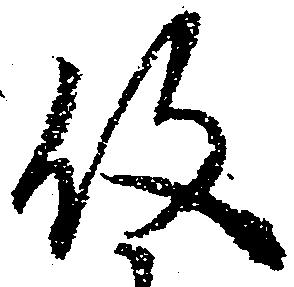
役